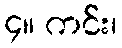
၄။ ကင်း၊